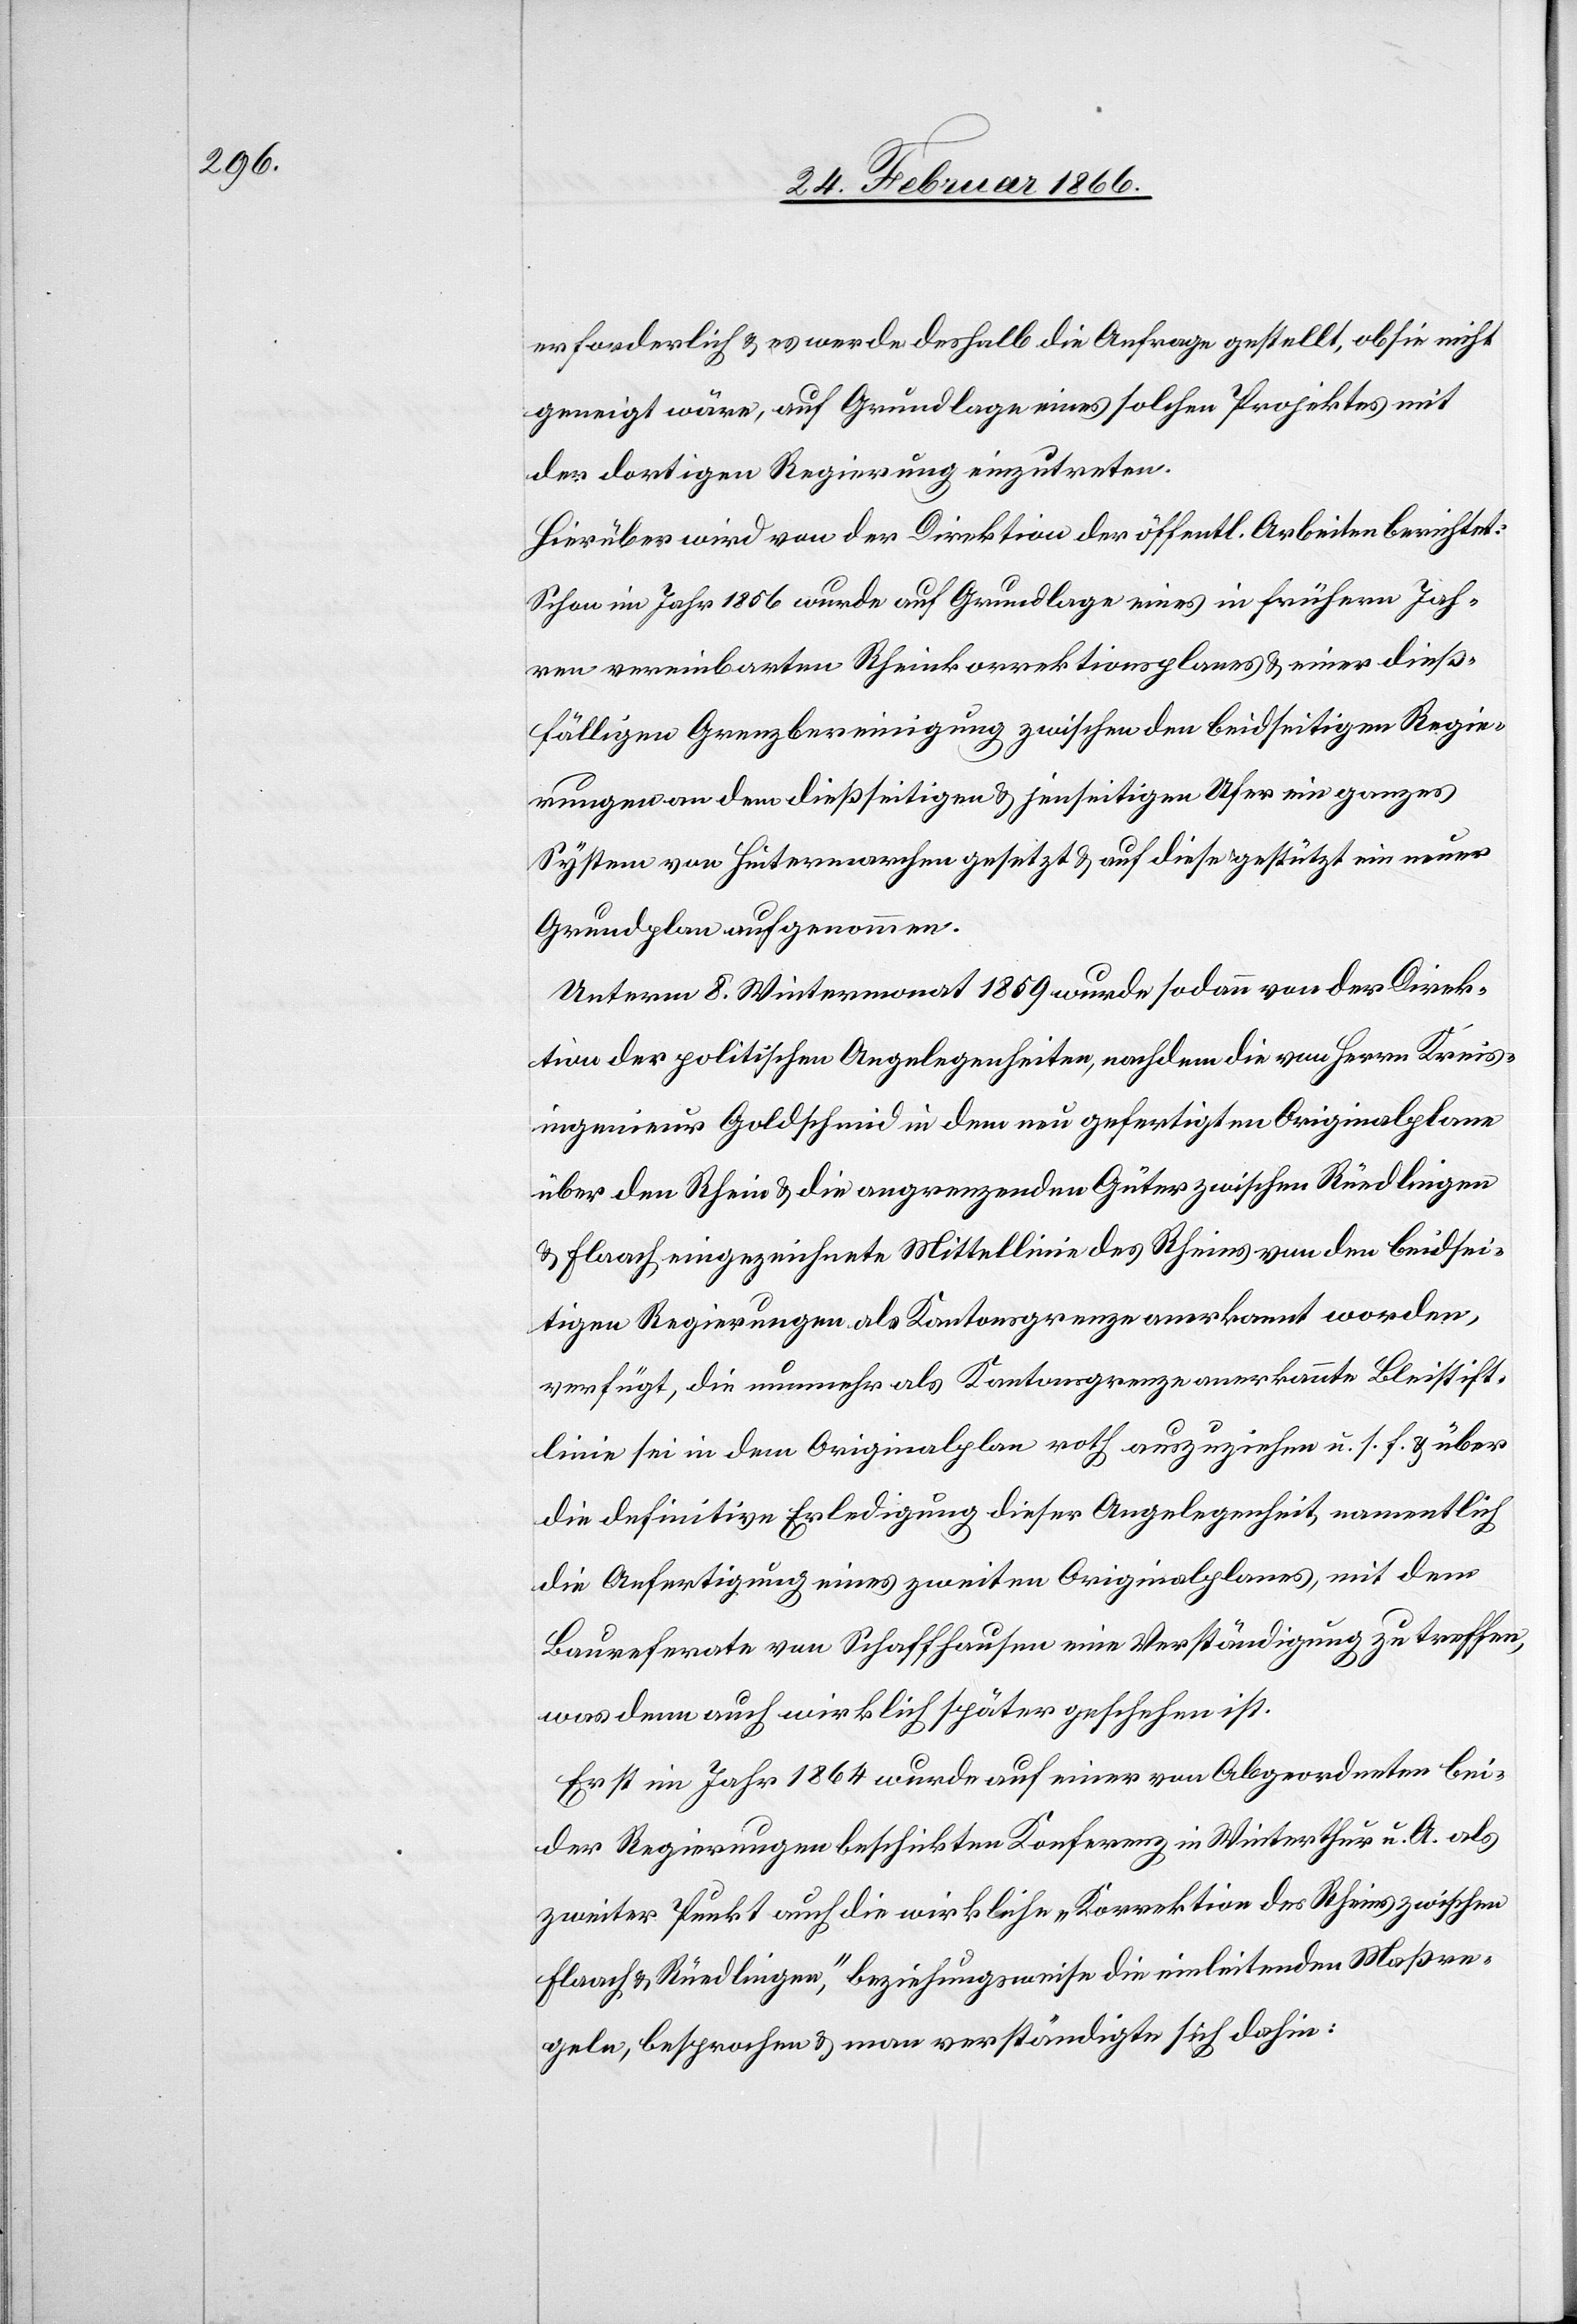
erforderlich u. es werde deshalb die Anfrage gestellt, ob sie nicht
geneigt wäre, auf Grundlage eines solchen Projektes mit
der dortigen Regierung einzutreten.
Hierüber wird von der Direktion der öffentl. Arbeiten berichtet:
Schon im Jahr 1856 wurde auf Grundlage eines in frühern Jah¬
ren vereinbarten Rheinkorrektionsplanes u. einer dieß¬
fälligen Grenzbereinigung zwischen den beidseitigen Regie¬
rungen an dem dießseitigen u. jenseitigen Ufer eingegangenes
System von Hintermarchen gesetzt u. auf diese gestützt ein neuer
Grundplan aufgenommen.
Unterm 8. Wintermonat 1859 wurde sodann von der Direk¬
tion der politischen Angelegenheiten, nachdem die von Herrn Kreis¬
ingenieur Goldschmid in dem neu gefertigten Originalplane
über den Rhein u. die angrenzenden Güter zwischen Rüedlingen
u. Flaach eingezeichnete Mittellinie des Rheins von den beidsei¬
tigen Regierungen als Kantonsgrenze anerkannt worden,
verfügt, die nunmehr als Kantonsgrenze anerkannte Bleistift¬
linie sei in dem Originalplan roth auszuziehen u. s. f. u. über
die definitive Erledigung dieser Angelegenheit namentlich
die Anfertigung eines zweiten Originalplanes, mit dem
Baureferate von Schaffhausen eine Verständigung zu treffen,
was denn auch wirklich später geschehen ist.
Erst im Jahr 1864 wurde auf einer von Abgeordneten bei¬
der Regierungen beschickten Konferenz in Winterthur u. A. als
zweiter Punkt auch die wirkliche „Korrektion des Rheins zwischen
Flaach u Rüedlingen,“ beziehungsweise die einleitenden Maßre¬
geln, besprochen u. man verständigte sich dahin: